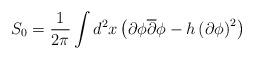
LaTeX: \begin{align*}S_0=\frac{1}{2\pi}\int d^2x\left(\partial\phi \overline{\partial}\phi -h \left(\partial \phi \right)^2 \right)\end{align*}